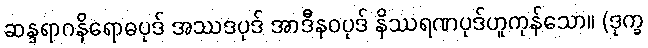
ဆန္ဒရာဂနိရောဓပုဒ် အဿဒပုဒ် အာဒီနဝပုဒ် နိဿရဏပုဒ်ဟူကုန်သော။ (ဒုက္ခ